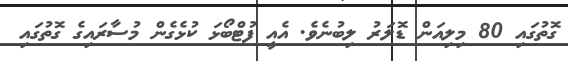
ގޮތުގައި 80 މިލިއަން ޑޮލަރު ލިބުނެވެ. އެއީ ފުޓްބޯޅަ ކުޅެގެން މުސާރައިގެ ގޮތުގައި